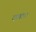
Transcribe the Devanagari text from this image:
दरबार।